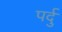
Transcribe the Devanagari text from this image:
पर्दु